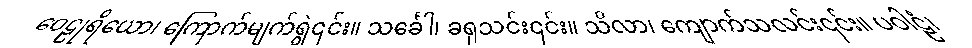
ဝေဠုရိယော၊ ကြောက်မျက်ရွဲ၎င်း။ သင်္ခေါ၊ ခရုသင်း၎င်း။ သိလာ၊ ကျောက်သလင်း၎င်း။ ပဝါဠံ၊